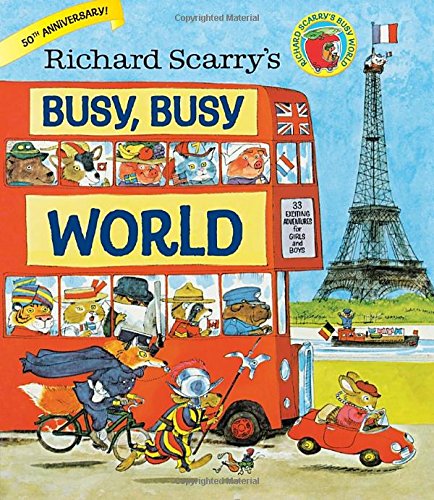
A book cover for Richard Scarry's Busy, Busy World; Richard Scarry; Children's Books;